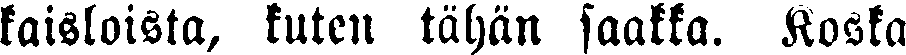
kaisloista, kuten tähän saakka. Koska